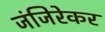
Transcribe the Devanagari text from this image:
जंजिरेकर